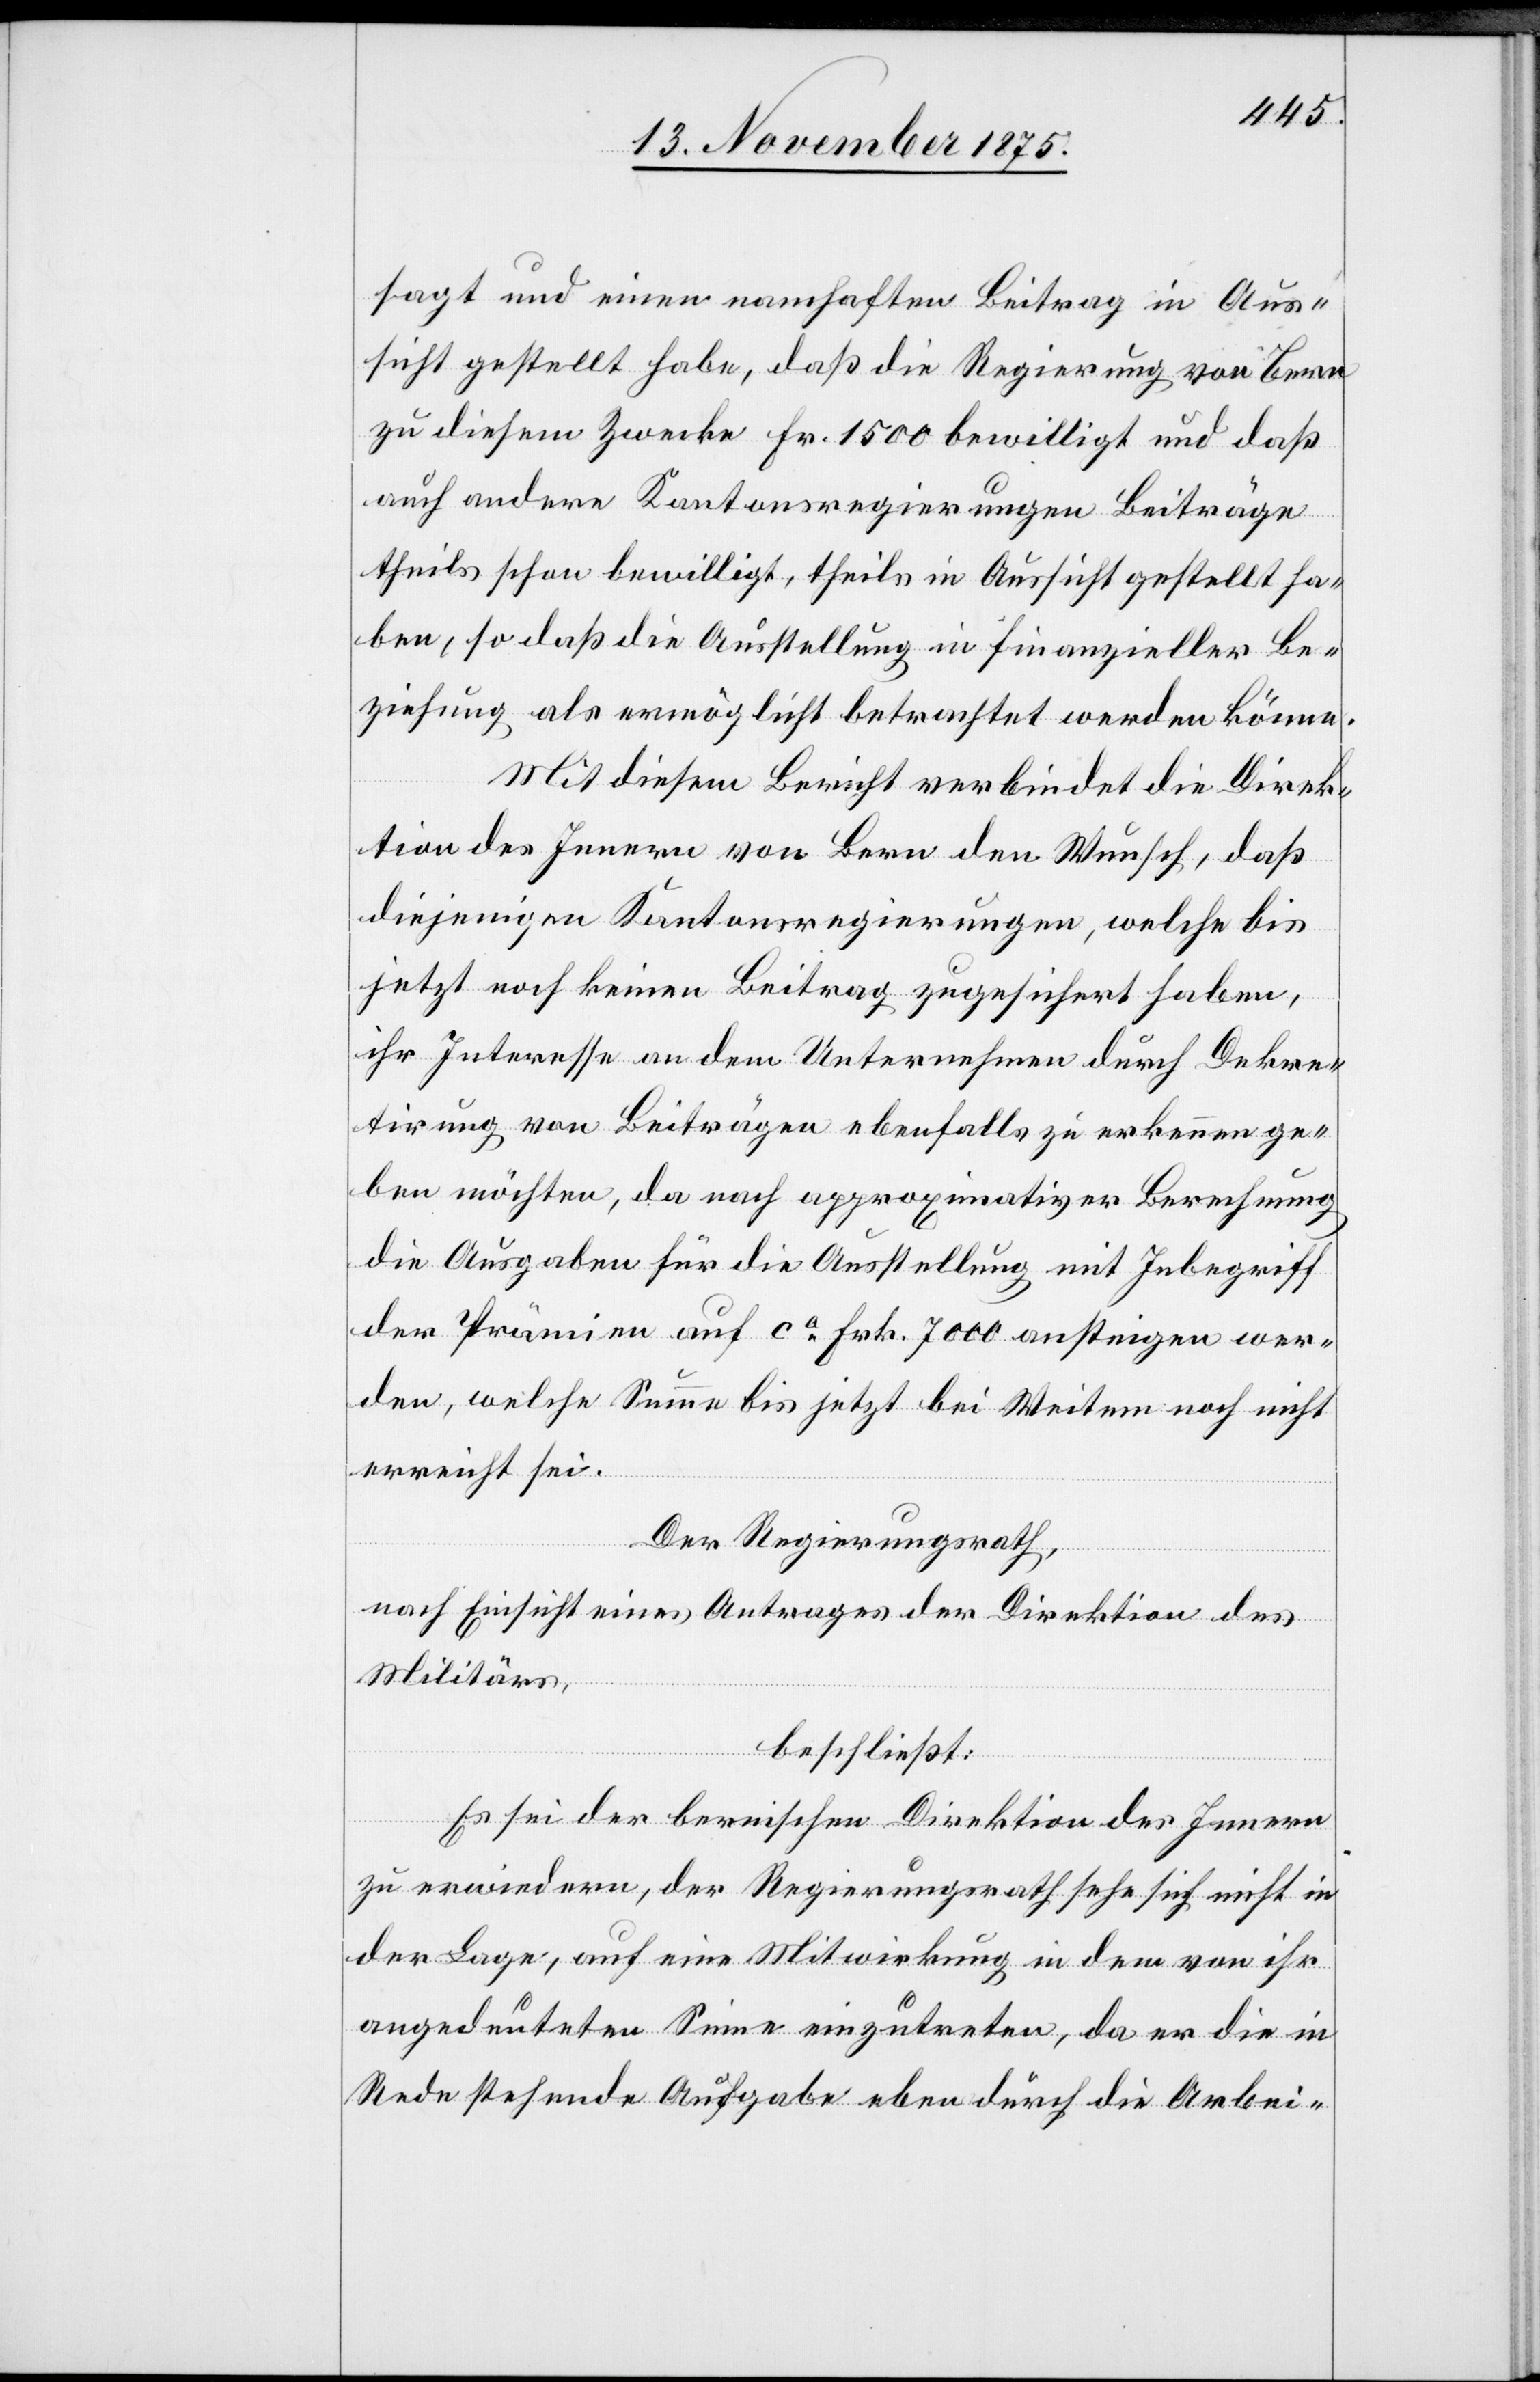
sagt und einen namhaften Beitrag in Aus¬
sicht gestellt habe, daß die Regierung von Bern
zu diesem Zwecke Fr. 1500 bewilligt und daß
auch andere Kantonsregierungen Beiträge
theils schon bewilligt, theils in Aussicht gestellt ha¬
ben, so daß die Ausstellung in finanzieller Be¬
ziehung als ermöglicht betrachtet werden könne.
Mit diesem Bericht verbindet die Direk¬
tion des Innern von Bern den Wunsch, daß
diejenigen Kantonsregierungen, welche bis
jetzt noch keinen Beitrag zugesichert haben,
ihr Interesse an dem Unternehmen durch Dekre¬
tirung von Beiträgen ebenfalls zu erkennen ge¬
ben möchten, da nach approximativer Berechnung
die Ausgaben für die Ausstellung mit Inbegriff
der Prämien auf ca Frk. 7000 ansteigen wer¬
den, welche Summe bis jetzt bei Weitem noch nicht
erreicht sei.
Der Regierungsrath,
nach Einsicht eines Antrages der Direktion des
Militärs,
beschließt:
Es sei der bernischen Direktion des Innern
zu erwiedern, der Regierungsrath sehe sich nicht in
der Lage, auf eine Mitwirkung in dem von ihr
angedeuteten Sinne einzutreten, da er die in
Rede stehende Aufgabe eben durch die Arbei-